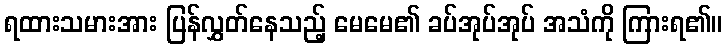
ရထားသမားအား ပြန်လွှတ်နေသည့် မေမေ၏ ခပ်အုပ်အုပ် အသံကို ကြားရ၏။